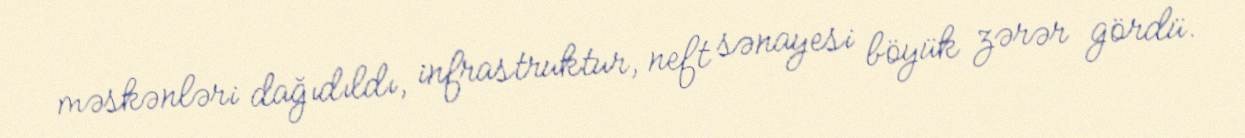
məskənləri dağıdıldı, infrastruktur, neft sənayesi böyük zərər gördü.